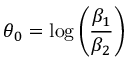
\theta _ { 0 } = \log { \left( \frac { \beta _ { 1 } } { \beta _ { 2 } } \right) }